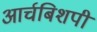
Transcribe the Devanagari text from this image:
आर्चबिशपी